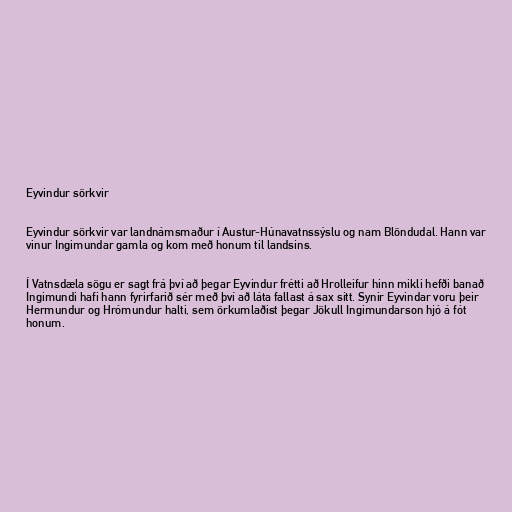
Eyvindur sörkvir

Eyvindur sörkvir var landnámsmaður í Austur-Húnavatnssýslu og nam Blöndudal. Hann var
vinur Ingimundar gamla og kom með honum til landsins.

Í Vatnsdæla sögu er sagt frá því að þegar Eyvindur frétti að Hrolleifur hinn mikli hefði banað
Ingimundi hafi hann fyrirfarið sér með því að láta fallast á sax sitt. Synir Eyvindar voru þeir
Hermundur og Hrómundur halti, sem örkumlaðist þegar Jökull Ingimundarson hjó á fót
honum.